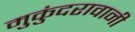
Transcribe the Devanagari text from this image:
मुकुंदरावानी